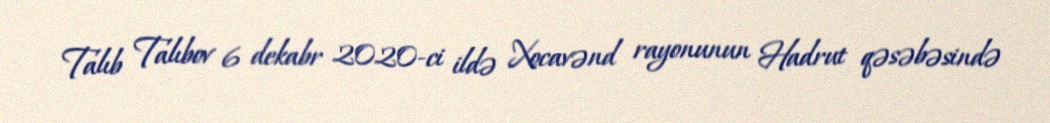
Talıb Talıbov 6 dekabr 2020-ci ildə Xocavənd rayonunun Hadrut qəsəbəsində